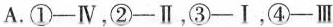
A.①-Ⅳ，②-Ⅱ，③-Ⅰ，④-Ⅲ